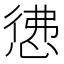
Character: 𭝖